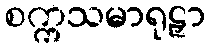
စက္ကသမာရုဠှာ